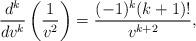
\begin{align*} \frac{d^k}{dv^k}\left(\frac{1}{v^2}\right)=\frac{(-1)^k(k+1)!}{v^{k+2}},\end{align*}